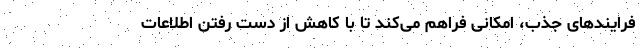
فرایندهای جذب، امکانی فراهم می‌کند تا با کاهش از دست رفتن اطلاعات